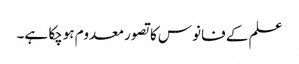
علم کے فانوس کا تصور معدوم ہوچکا ہے۔